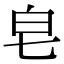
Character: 皂